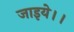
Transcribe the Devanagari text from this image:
जाइये।।